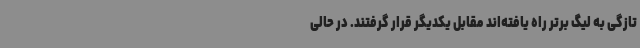
تازگی به لیگ برتر راه یافته‌اند مقابل یکدیگر قرار گرفتند. در حالی